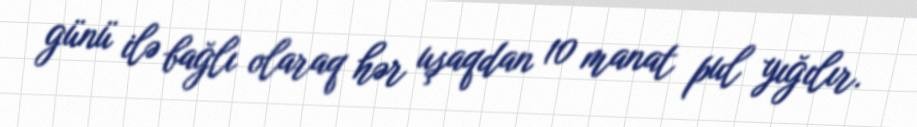
günü ilə bağlı olaraq hər uşaqdan 10 manat pul yığılır.